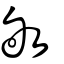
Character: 敂